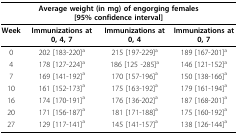
<table><thead><tr><td colspan="4"><b>Average weight (in mg) of engorging females [95% confidence interval]</b></td></tr></thead><tbody><tr><td><b>Week</b></td><td><b>Immunizations at 0, 4, 7</b></td><td><b>Immunizations at 0, 4</b></td><td><b>Immunizations at 0, 7</b></td></tr><tr><td>0</td><td>202 [183-220]<sup>a</sup></td><td>215 [197-229]<sup>a</sup></td><td>189 [167-201]<sup>a</sup></td></tr><tr><td>4</td><td>178 [127-224]<sup>a</sup></td><td>186 [125 -285]<sup>a</sup></td><td>146 [121-152]<sup>a</sup></td></tr><tr><td>7</td><td>169 [141-192]<sup>a</sup></td><td>170 [157-196]<sup>a</sup></td><td>150 [138-166]<sup>a</sup></td></tr><tr><td>10</td><td>161 [152-173]<sup>a</sup></td><td>175 [163-192]<sup>a</sup></td><td>179 [161-194]<sup>a</sup></td></tr><tr><td>16</td><td>174 [170-191]<sup>a</sup></td><td>176 [136-202]<sup>a</sup></td><td>187 [168-201]<sup>a</sup></td></tr><tr><td>20</td><td>171 [156-187]<sup>a</sup></td><td>181 [171-188]<sup>a</sup></td><td>175 [160-192]<sup>a</sup></td></tr><tr><td>27</td><td>129 [117-141]<sup>a</sup></td><td>145 [141-157]<sup>a</sup></td><td>138 [126-144]<sup>a</sup></td></tr></tbody></table>